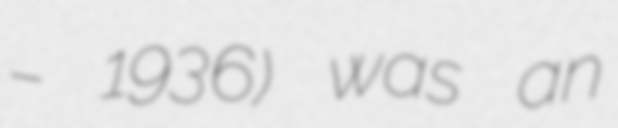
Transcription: – 1936) was an